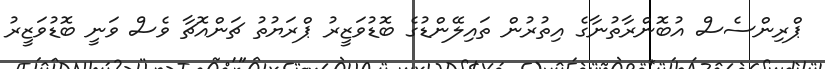
ޕްރިންސެސް އުބޮންރާތުނާގެ އިތުރުން ތައިލޭންޑުގެ ބޮޑުވަޒީރު ޕްރަޔުތު ޗަންއޮޗާ ވެސް ވަނީ ބޮޑުވަޒީރު